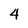
Character: 4